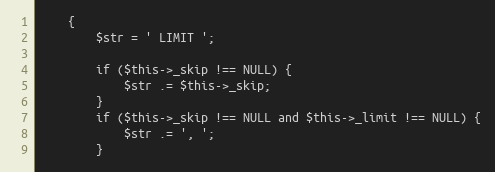
Language: PHP
    {
        $str = ' LIMIT ';

        if ($this->_skip !== NULL) {
            $str .= $this->_skip;
        }
        if ($this->_skip !== NULL and $this->_limit !== NULL) {
            $str .= ', ';
        }